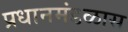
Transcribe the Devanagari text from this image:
प्रधानमंडळास